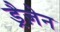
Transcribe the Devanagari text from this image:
ड्रैज़ेन